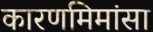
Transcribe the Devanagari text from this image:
कारणमिमांसा